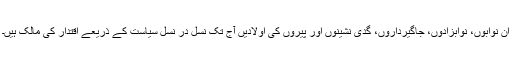
ان نوابوں، نوابزادوں، جاگیرداروں، گدی نشینوں اور پیروں کی اولادیں آج تک نسل در نسل سیاست کے ذریعے اقتدار کی مالک ہیں۔